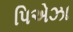
પિએઝા